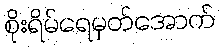
စိုးရိမ်ရေမှတ်အောက်